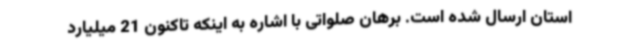
استان ارسال شده است. برهان صلواتی با اشاره به اینکه تاکنون 21 میلیارد